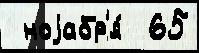
 ноjабр'я́  65